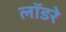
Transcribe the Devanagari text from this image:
लॉडरे